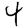
Digit: 4